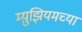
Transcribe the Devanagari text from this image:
म्य़ुझियमच्या